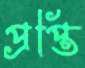
প্রপ্তি